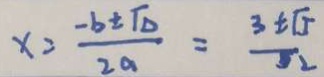
x = \frac { - b \pm \sqrt { 0 } } { 2 a } = \frac { 3 \pm \sqrt { 5 } } { 3 2 }